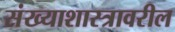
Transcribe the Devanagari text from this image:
संख्याशास्त्रावरील